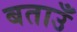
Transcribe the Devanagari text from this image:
बताउँ